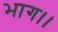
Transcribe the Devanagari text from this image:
भाग।।